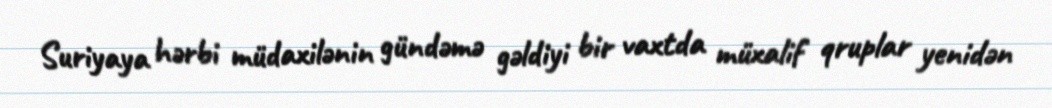
Suriyaya hərbi müdaxilənin gündəmə gəldiyi bir vaxtda müxalif qruplar yenidən